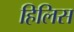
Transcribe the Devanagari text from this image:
हिलिस